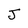
Character: J